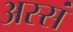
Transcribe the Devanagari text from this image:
अस्सं